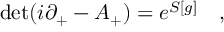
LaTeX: \mathrm { d e t } ( i \partial _ { + } - A _ { + } ) = e ^ { S [ g ] } \quad ,